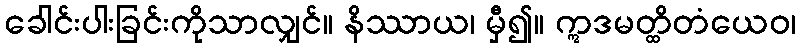
ခေါင်းပါးခြင်းကိုသာလျှင်။ နိဿာယ၊ မှီ၍။ ဣဒမတ္ထိတံယေဝ၊